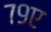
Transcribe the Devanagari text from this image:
७९ए